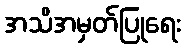
အသိအမှတ်ပြုရေး